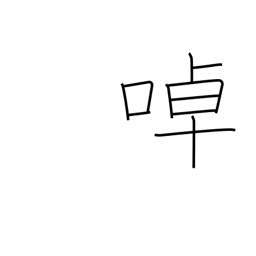
Meaning: twittering